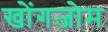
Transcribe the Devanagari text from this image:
खोंगजोम